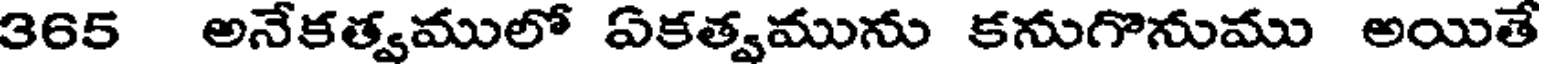
365 అనేకత్వములో ఏకత్వమును కనుగొనుము అయితే